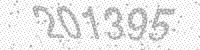
Solution: 201395